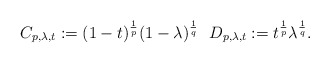
\begin{align*} C_{p,\lambda,t}:=(1-t)^{\frac{1}{p}}(1-\lambda)^{\frac{1}{q}}\ \ D_{p,\lambda,t}:=t^{\frac{1}{p}}\lambda^{\frac{1}{q}}. \end{align*}